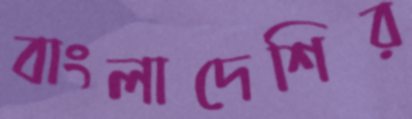
বাংলাদেশির